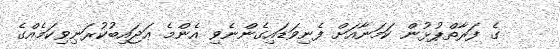
ގެ ފަރާތްޕުޅުން ކަމަނާއަށް ފެނިވަޑައިގެންނެވި އެންމެ ޢަޖައިބުކުރަނިވިކަމެއްގެ